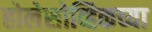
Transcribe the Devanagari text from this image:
होलेसोव्हिकच्या